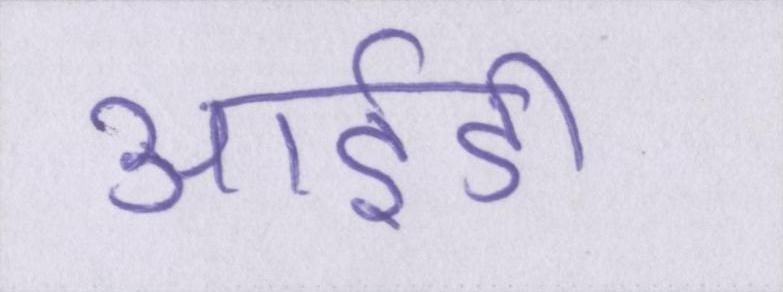
आईडी